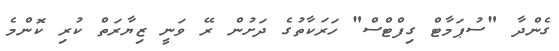
ގެންދާ "ސުޕަމާޓް ގިފްޓްސް" ހަރަކާތުގެ ދަށުން ރޭ ވަނީ ޒިޔާރަތް ކުރި ކޮންމެ